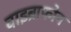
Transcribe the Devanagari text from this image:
वाइब्राफोन